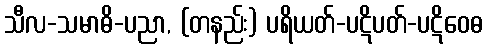
သီလ-သမာဓိ-ပညာ, (တနည်း) ပရိယတ်-ပဋိပတ်-ပဋိဝေဓ